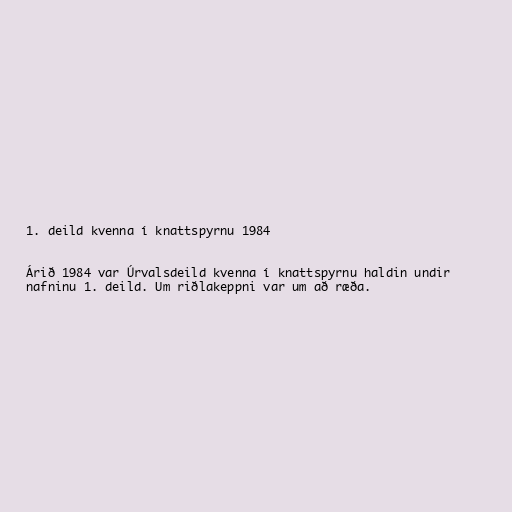
1. deild kvenna í knattspyrnu 1984

Árið 1984 var Úrvalsdeild kvenna í knattspyrnu haldin undir
nafninu 1. deild. Um riðlakeppni var um að ræða.